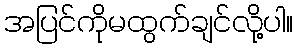
အပြင်ကိုမထွက်ချင်လို့ပါ။